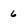
Character: 6